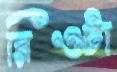
রিওটা